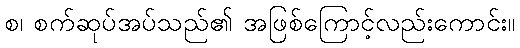
စ၊ စက်ဆုပ်အပ်သည်၏ အဖြစ်ကြောင့်လည်းကောင်း။